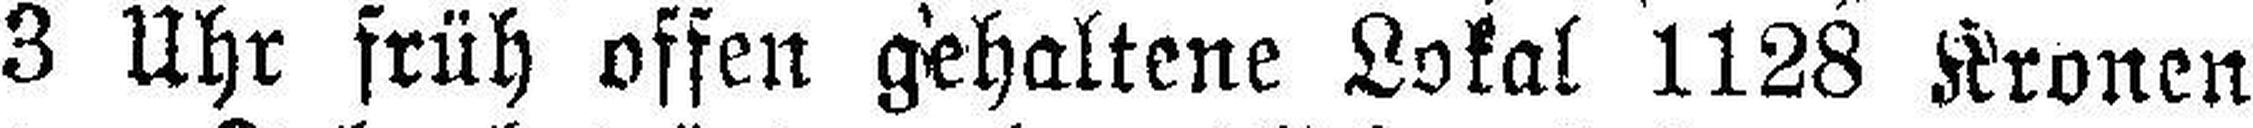
3 Uhr früh offen gehaltene Lokal 1128 Kronen